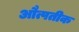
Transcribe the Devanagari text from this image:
औत्पतीक